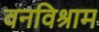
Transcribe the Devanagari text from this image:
वनविश्राम